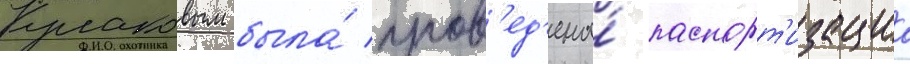
Кулаковым была́ пров'ед'ена́ паспорт'изациа